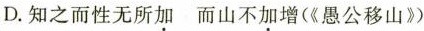
D. 知之而性无所加而山不加（《增愚公移山》）